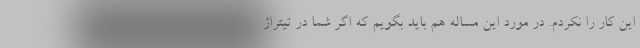
این کار را نکردم. در مورد این مساله هم باید بگویم که اگر شما در تیتراژ